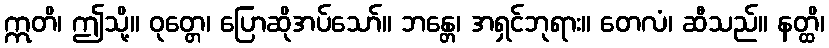
ဣတိ၊ ဤသို့။ ဝုတ္တေ၊ ပြောဆိုအပ်သော်။ ဘန္တေ၊ အရှင်ဘုရား။ တေလံ၊ ဆီသည်။ နတ္ထိ၊